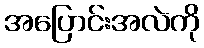
အပြောင်းအလဲကို